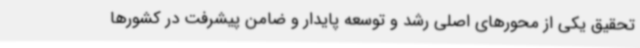
تحقیق یکی از محورهای اصلی رشد و توسعه پایدار و ضامن پیشرفت در کشورها